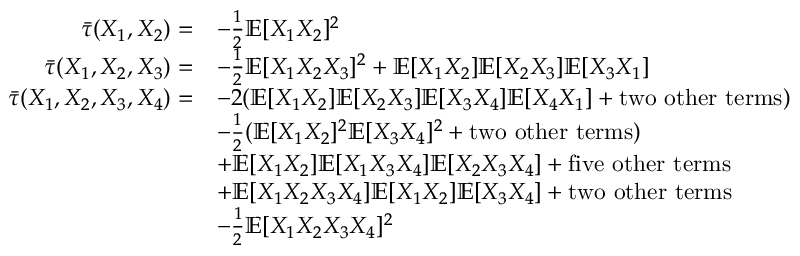
\begin{array} { r l } { \bar { \tau } ( X _ { 1 } , X _ { 2 } ) = } & { - \frac { 1 } { 2 } \mathbb { E } [ X _ { 1 } X _ { 2 } ] ^ { 2 } } \\ { \bar { \tau } ( X _ { 1 } , X _ { 2 } , X _ { 3 } ) = } & { - \frac { 1 } { 2 } \mathbb { E } [ X _ { 1 } X _ { 2 } X _ { 3 } ] ^ { 2 } + \mathbb { E } [ X _ { 1 } X _ { 2 } ] \mathbb { E } [ X _ { 2 } X _ { 3 } ] \mathbb { E } [ X _ { 3 } X _ { 1 } ] } \\ { \bar { \tau } ( X _ { 1 } , X _ { 2 } , X _ { 3 } , X _ { 4 } ) = } & { - 2 ( \mathbb { E } [ X _ { 1 } X _ { 2 } ] \mathbb { E } [ X _ { 2 } X _ { 3 } ] \mathbb { E } [ X _ { 3 } X _ { 4 } ] \mathbb { E } [ X _ { 4 } X _ { 1 } ] + \mathrm { t w o ~ o t h e r ~ t e r m s } ) } \\ & { - \frac { 1 } { 2 } ( \mathbb { E } [ X _ { 1 } X _ { 2 } ] ^ { 2 } \mathbb { E } [ X _ { 3 } X _ { 4 } ] ^ { 2 } + \mathrm { t w o ~ o t h e r ~ t e r m s } ) } \\ & { + \mathbb { E } [ X _ { 1 } X _ { 2 } ] \mathbb { E } [ X _ { 1 } X _ { 3 } X _ { 4 } ] \mathbb { E } [ X _ { 2 } X _ { 3 } X _ { 4 } ] + \mathrm { f i v e ~ o t h e r ~ t e r m s } } \\ & { + \mathbb { E } [ X _ { 1 } X _ { 2 } X _ { 3 } X _ { 4 } ] \mathbb { E } [ X _ { 1 } X _ { 2 } ] \mathbb { E } [ X _ { 3 } X _ { 4 } ] + \mathrm { t w o ~ o t h e r ~ t e r m s } } \\ & { - \frac { 1 } { 2 } \mathbb { E } [ X _ { 1 } X _ { 2 } X _ { 3 } X _ { 4 } ] ^ { 2 } } \end{array}